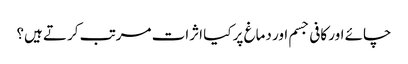
چائے اور کافی جسم اور دماغ پر کیا اثرات مرتب کرتے ہیں؟